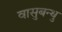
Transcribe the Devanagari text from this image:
वासुबन्धु